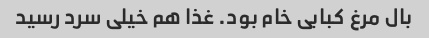
بال مرغ کبابی خام بود. غذا هم خیلی سرد رسید